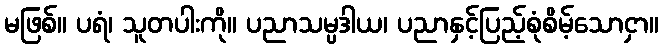
မဖြစ်။ ပရံ၊ သူတပါးကို။ ပညာသမ္ပဒါယ၊ ပညာနှင့်ပြည့်စုံစိမ့်သောငှာ။